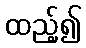
ထည့်၍